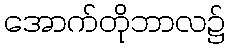
အောက်တိုဘာလ၌